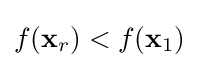
f(\mathbf {x} _{r})<f(\mathbf {x} _{1})